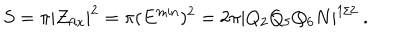
LaTeX: S = \pi | Z _ { \mathrm { f i x } } | ^ { 2 } = \pi ( E ^ { \mathrm { m i n } } ) ^ { 2 } = 2 \pi | Q _ { 2 } Q _ { 5 } Q _ { 6 } N | ^ { 1 / 2 } \ .